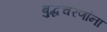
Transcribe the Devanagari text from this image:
बुद्धचरणांना